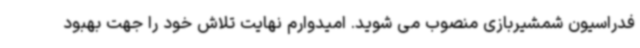
فدراسیون شمشیربازی منصوب می شوید. امیدوارم نهایت تلاش خود را جهت بهبود